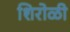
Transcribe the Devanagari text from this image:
शिरोळी